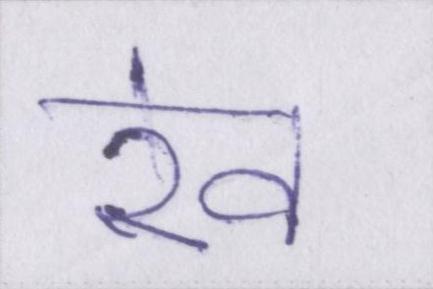
रेव